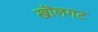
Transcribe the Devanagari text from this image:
खॊलगट